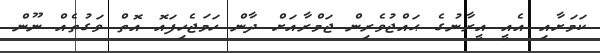
ކަމަށާއި އެއީ އީރާނުގެ ޙައްޖުވެރިން ޖަމްރާއަށް ދާން ހަމަޖެހިފައޮ އޮތް ވަގުތެއް ނޫން